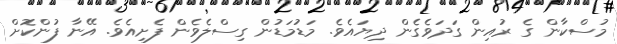
މުސްކާން ގެ ރުއިން ގަދަވެގެން ދިޔައެވެ. މަޑުމަޑުން ގިސްލެވެން ފެށިއެވެ. އޭނާ ފުންކޮށް